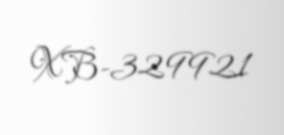
XB-329921